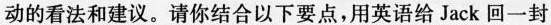
动的看法和建议。请你结合以下要点，用英语给Jack回一封